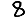
Digit: 8